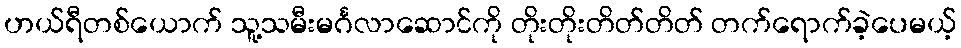
ဟယ်ရီတစ်ယောက် သူ့သမီးမင်္ဂလာဆောင်ကို တိုးတိုးတိတ်တိတ် တက်ရောက်ခဲ့ပေမယ့်